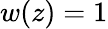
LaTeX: w(z)=1